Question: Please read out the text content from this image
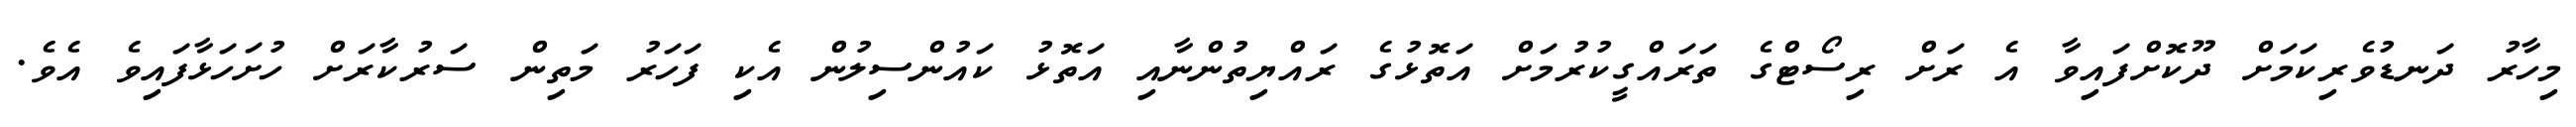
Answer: މިހާރު ދަނޑުވެރިކަމަށް ދޫކޮށްފައިވާ އެ ރަށް ރިސޯޓްގެ ތަރައްގީކުރުމަށް އަތޮޅުގެ ރައްޔިތުންނާއި އަތޮޅު ކައުންސިލުން އެކި ފަހަރު މަތިން ސަރުކާރަށް ހުށަހަޅާފައިވެ އެވެ.